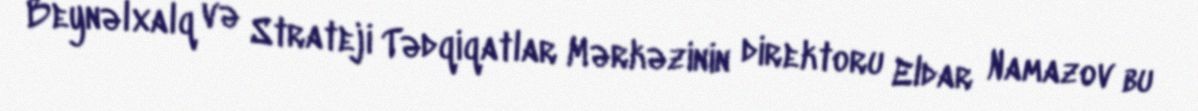
Beynəlxalq və Strateji Tədqiqatlar Mərkəzinin direktoru Eldar Namazov bu